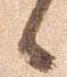
候